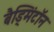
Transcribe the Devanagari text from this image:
बैड्मिंटॉन